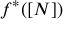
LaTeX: f ^ { * } ( [ N ] )